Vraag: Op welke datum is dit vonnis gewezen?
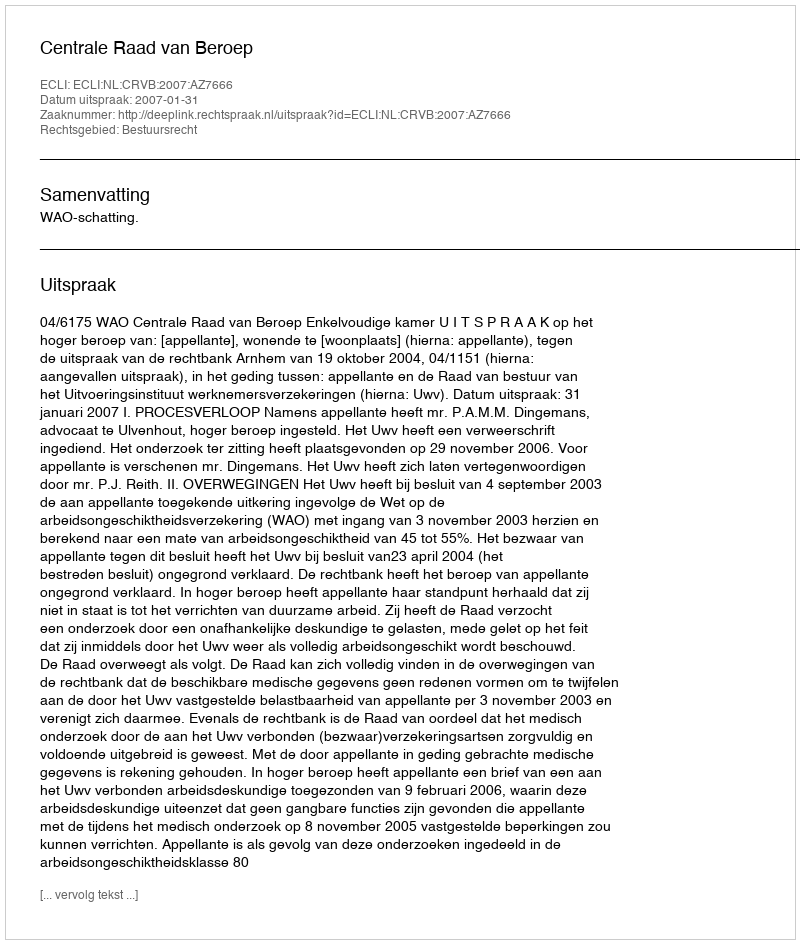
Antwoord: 2007-01-31